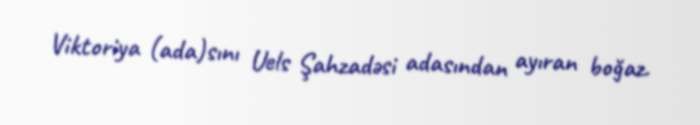
Viktoriya (ada)sını Uels Şahzadəsi adasından ayıran boğaz.